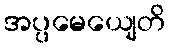
အပ္ပမေယျေတိ